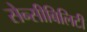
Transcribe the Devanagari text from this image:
सेन्सीबिलिटी